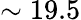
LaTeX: \sim 19.5